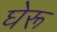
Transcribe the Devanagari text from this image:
घेरू